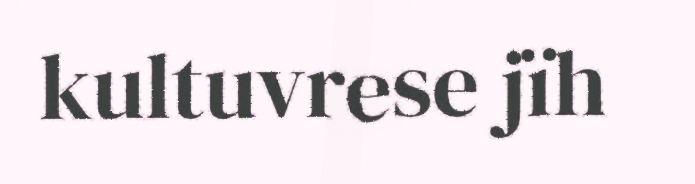
kultuvrese jïh